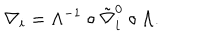
\nabla _ { i } = \Lambda ^ { - 1 } \circ \tilde { \nabla } _ { i } ^ { 0 } \circ \Lambda .